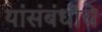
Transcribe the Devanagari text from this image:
यांसंबंधीचे